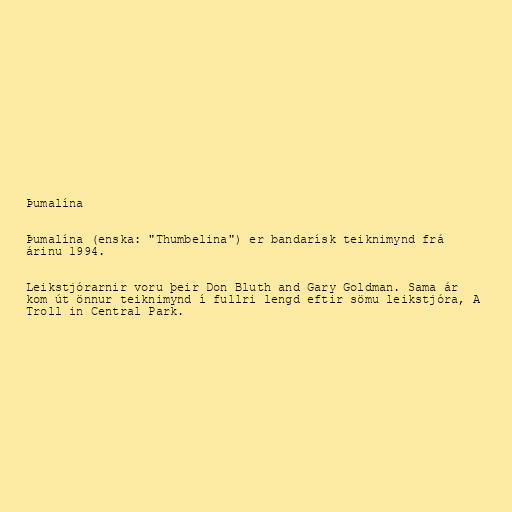
Þumalína

Þumalína (enska: "Thumbelina") er bandarísk teiknimynd frá
árinu 1994.

Leikstjórarnir voru þeir Don Bluth and Gary Goldman. Sama ár
kom út önnur teiknimynd í fullri lengd eftir sömu leikstjóra, A
Troll in Central Park.